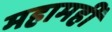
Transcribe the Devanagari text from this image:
महामहीं